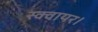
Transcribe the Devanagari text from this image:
स्क्वायर।